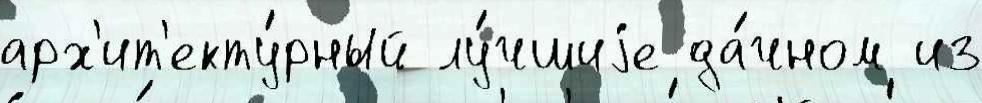
арх'ит'екту́рный лу́чшиjе да́чном из